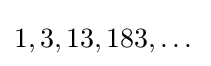
1,3,13,183,\dots